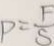
P = \frac { F } { S }